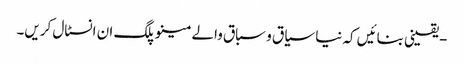
- یقینی بنائیں کہ نیا سیاق و سباق والے مینو پلگ ان انسٹال کریں۔